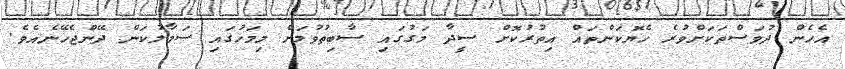
އެހެން ދުވަސްތަކަށްވުރެ ހެޔޮކަންތައް އިތުރުކޮށް ސީދާ މަގުގައި ސާބިތުވުމަށް މިމަހުގައި ސަމާލުކަން ދޭންޖެހޭނެއެވެ.